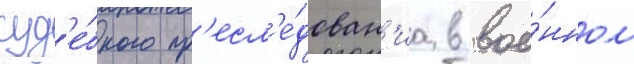
суд'е́бного пр'есл'е́дован'иа в вое́нном